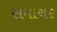
સમાચર